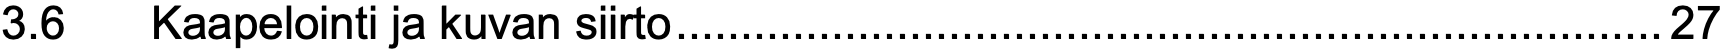
3.6  Kaapelointi ja kuvan siirto............................................................................27